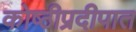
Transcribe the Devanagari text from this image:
कोष्ठीप्रदीपात